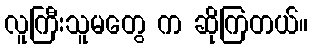
လူကြီးသူမတွေ က ဆိုကြတယ်။